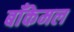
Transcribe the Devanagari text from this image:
बाँकेमल